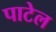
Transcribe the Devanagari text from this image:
पाटेल